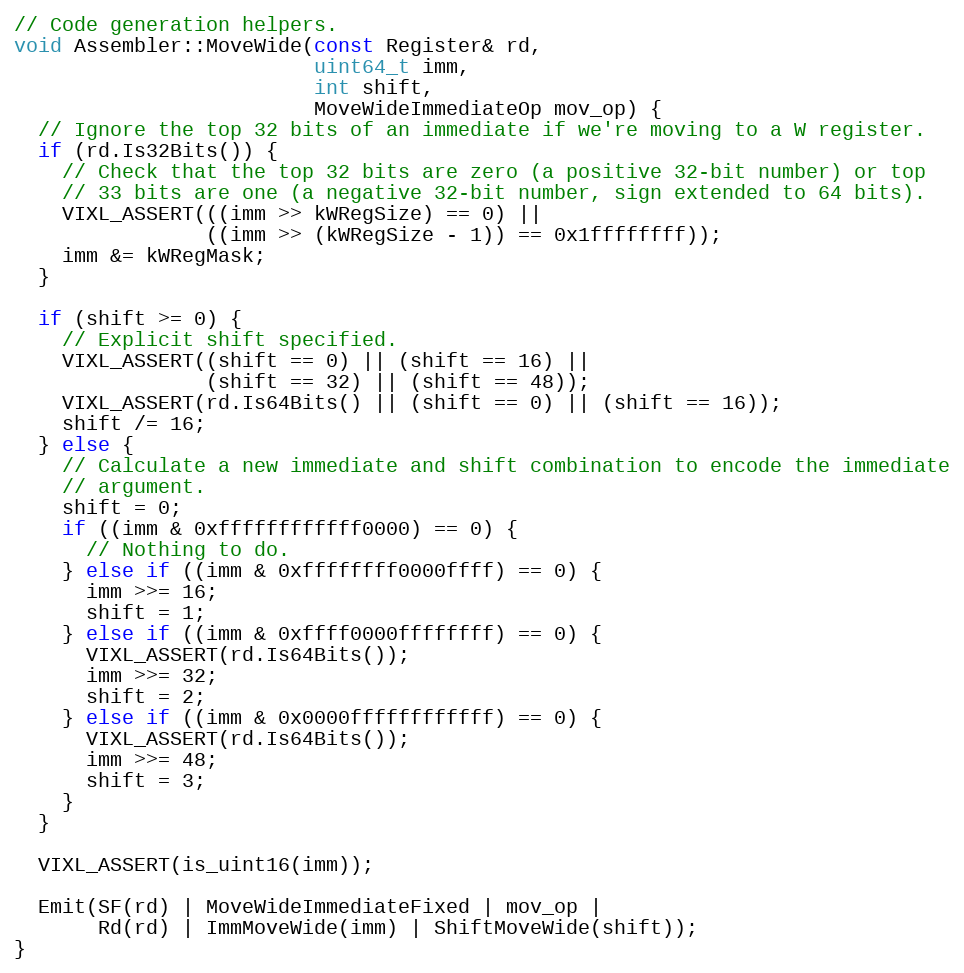
Language: C++
// Code generation helpers.
void Assembler::MoveWide(const Register& rd,
                         uint64_t imm,
                         int shift,
                         MoveWideImmediateOp mov_op) {
  // Ignore the top 32 bits of an immediate if we're moving to a W register.
  if (rd.Is32Bits()) {
    // Check that the top 32 bits are zero (a positive 32-bit number) or top
    // 33 bits are one (a negative 32-bit number, sign extended to 64 bits).
    VIXL_ASSERT(((imm >> kWRegSize) == 0) ||
                ((imm >> (kWRegSize - 1)) == 0x1ffffffff));
    imm &= kWRegMask;
  }

  if (shift >= 0) {
    // Explicit shift specified.
    VIXL_ASSERT((shift == 0) || (shift == 16) ||
                (shift == 32) || (shift == 48));
    VIXL_ASSERT(rd.Is64Bits() || (shift == 0) || (shift == 16));
    shift /= 16;
  } else {
    // Calculate a new immediate and shift combination to encode the immediate
    // argument.
    shift = 0;
    if ((imm & 0xffffffffffff0000) == 0) {
      // Nothing to do.
    } else if ((imm & 0xffffffff0000ffff) == 0) {
      imm >>= 16;
      shift = 1;
    } else if ((imm & 0xffff0000ffffffff) == 0) {
      VIXL_ASSERT(rd.Is64Bits());
      imm >>= 32;
      shift = 2;
    } else if ((imm & 0x0000ffffffffffff) == 0) {
      VIXL_ASSERT(rd.Is64Bits());
      imm >>= 48;
      shift = 3;
    }
  }

  VIXL_ASSERT(is_uint16(imm));

  Emit(SF(rd) | MoveWideImmediateFixed | mov_op |
       Rd(rd) | ImmMoveWide(imm) | ShiftMoveWide(shift));
}